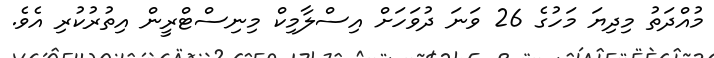
މުއްދަތު މިދިޔަ މަހުގެ 26 ވަނަ ދުވަހަށް އިސްލާމިކް މިނިސްޓްރީން އިތުރުކުރި އެވެ.